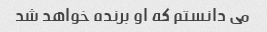
می دانستم که او برنده خواهد شد